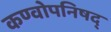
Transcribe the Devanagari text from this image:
कण्वोपनिषद्‌